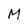
Character: M